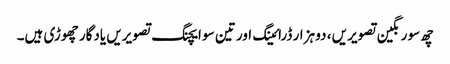
چھ سو رنگین تصویریں ، دو ہزار ڈرائینگ اور تین سو ایچنگ تصویریں یادگار چھوڑی ہیں۔